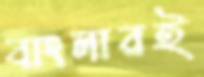
বাংলারই